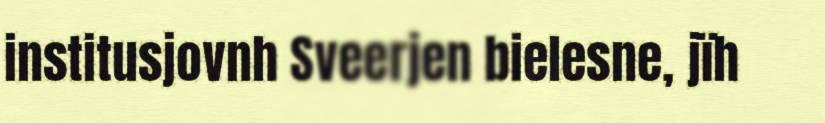
institusjovnh Sveerjen bielesne, jïh